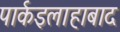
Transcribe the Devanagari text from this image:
पार्कइलाहाबाद